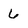
Character: 6